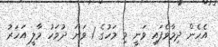
އެހެން ދިމާވެފައި ވަނީ މި މަހުގެ 1 ވަނަ ދުވަހު މާލީ އަހަރު